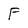
Character: F